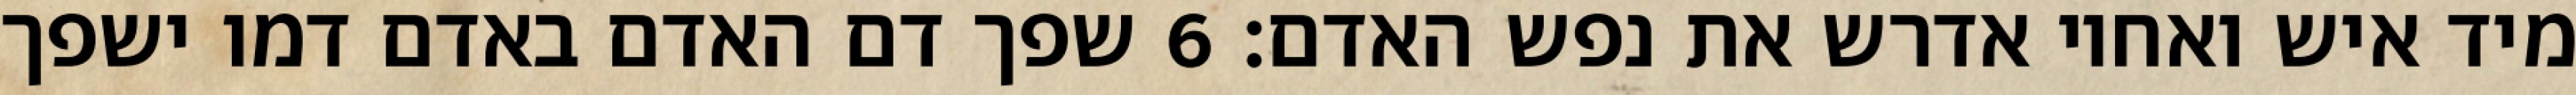
מיד איש ואחיו אדרש את נפש האדם׃ ‎6‏ שפך דם האדם באדם דמו ישפך